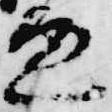
兼